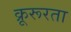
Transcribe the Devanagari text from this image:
क्रूरूरता